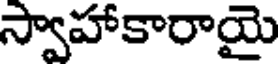
స్వాహాకారాయై